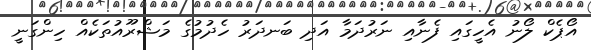
އޯޕެކް ލޯނު އެހީގައި ފެނާއި ނަރުދަމާ އަދި ބަނދަރު ހެދުމުގެ މަޝްރޫއުތަކެއް ހިންގަނީ